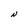
Character: N